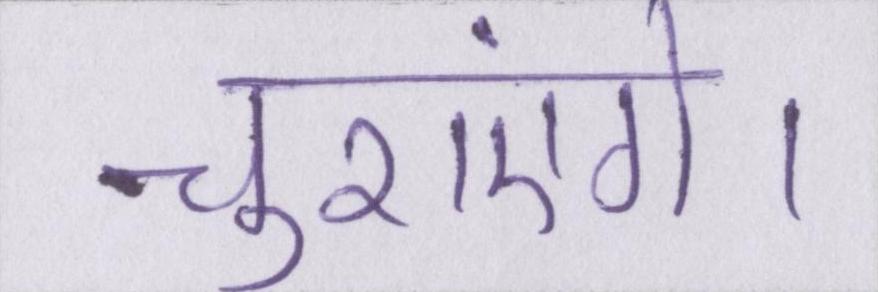
चुराएंगे।